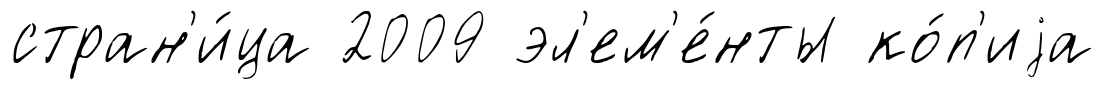
стран'и́ца 2009 эл'ем'е́нты ко́п'иjа